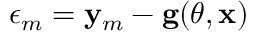
\boldsymbol { \epsilon } _ { m } = \mathbf { y } _ { m } - \mathbf { g } ( \boldsymbol { \theta } , \mathbf { x } )